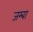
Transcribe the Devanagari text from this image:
जम्बा